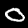
Digit: 0